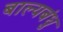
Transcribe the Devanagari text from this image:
बाल्यबंधु